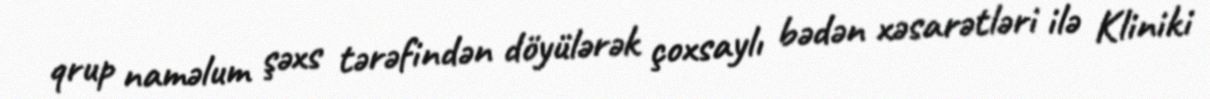
qrup naməlum şəxs tərəfindən döyülərək çoxsaylı bədən xəsarətləri ilə Kliniki